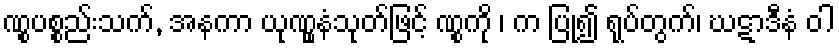
ဏွုပစ္စည်းသက်, အနကာ ယုဏွူနံသုတ်ဖြင့် ဏွုကို ၊ က ပြု၍ ရုပ်တွက်၊ ဃဋာဒီနံ ဝါ